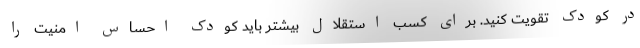
در کودک تقویت کنید. برای کسب استقلال بیشتر باید کودک احساس امنیت را